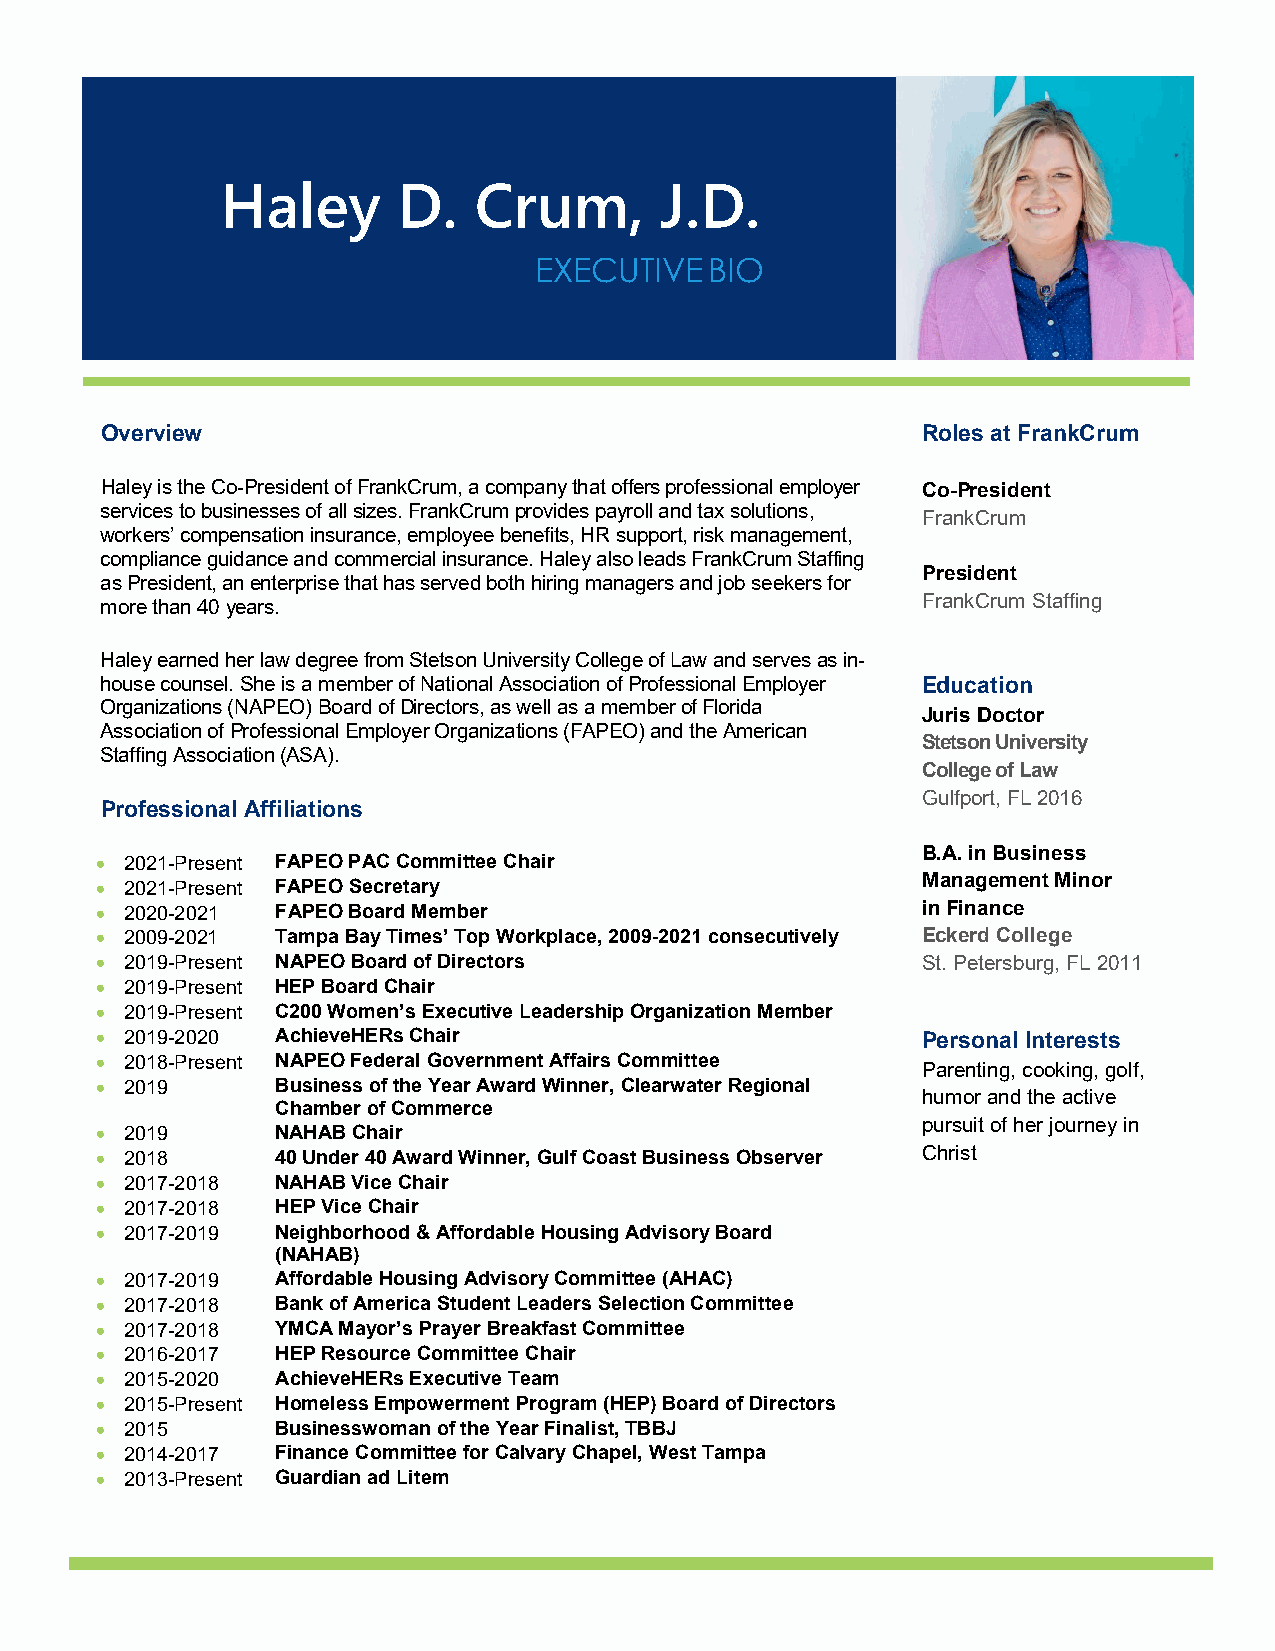
Haley      D.   Crum,        J.D.
 EXECUTIVE   BIO
 Overview                                              Roles at FrankCrum
 Haley is the Co-President of FrankCrum, a company that offers professional employer Co-President
 services to businesses of all sizes. FrankCrum provides payroll and tax solutions,
 FrankCrum
 workers’ compensation insurance, employee benefits, HR support, risk management,
 compliance guidance and commercial insurance. Haley also leads FrankCrum Staffing
 President
 as President, an enterprise that has served both hiring managers and job seekers for
 more than 40 years.                                   FrankCrum Staffing
 Haley earned her law degree from Stetson University College of Law and serves as in-
 house counsel. She is a member of National Association of Professional Employer Education
 Organizations (NAPEO) Board of Directors, as well as a member of Florida
 Juris Doctor
 Association of Professional Employer Organizations (FAPEO) and the American
 Stetson University
 Staffing Association (ASA).
 College of Law
 Gulfport, FL 2016
 Professional Affiliations
 B.A. in Business
 • 2021-Present FAPEO PAC Committee Chair
 • 2021-Present FAPEO Secretary                         Management Minor
 • 2020-2021 FAPEO Board Member                         in Finance
 • 2009-2021 Tampa Bay Times’ Top Workplace, 2009-2021 consecutively Eckerd College
 • 2019-Present NAPEO Board of Directors                St. Petersburg, FL 2011
 • 2019-Present HEP Board Chair
 • 2019-Present C200 Women’s Executive Leadership Organization Member
 • 2019-2020 AchieveHERs Chair                          Personal Interests
 • 2018-Present NAPEO Federal Government Affairs Committee
 Parenting, cooking, golf,
 • 2019      Business of the Year Award Winner, Clearwater Regional
 humor and the active
 Chamber of Commerce
 pursuit of her journey in
 • 2019      NAHAB Chair
 • 2018      40 Under 40 Award Winner, Gulf Coast Business Observer Christ
 • 2017-2018 NAHAB Vice Chair
 • 2017-2018 HEP Vice Chair
 • 2017-2019 Neighborhood & Affordable Housing Advisory Board
 (NAHAB)
 • 2017-2019 Affordable Housing Advisory Committee (AHAC)
 • 2017-2018 Bank of America Student Leaders Selection Committee
 • 2017-2018 YMCA Mayor’s Prayer Breakfast Committee
 • 2016-2017 HEP Resource Committee Chair
 • 2015-2020 AchieveHERs Executive Team
 • 2015-Present Homeless Empowerment Program (HEP) Board of Directors
 • 2015      Businesswoman of the Year Finalist, TBBJ
 • 2014-2017 Finance Committee for Calvary Chapel, West Tampa
 • 2013-Present Guardian ad Litem